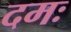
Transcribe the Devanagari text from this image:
दमः